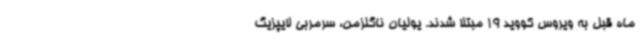
ماه قبل به ویروس کووید 19 مبتلا شدند. یولیان ناگلزمن، سرمربی لایپزیگ